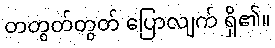
တတွတ်တွတ် ပြောလျက် ရှိ၏။